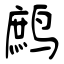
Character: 鹧